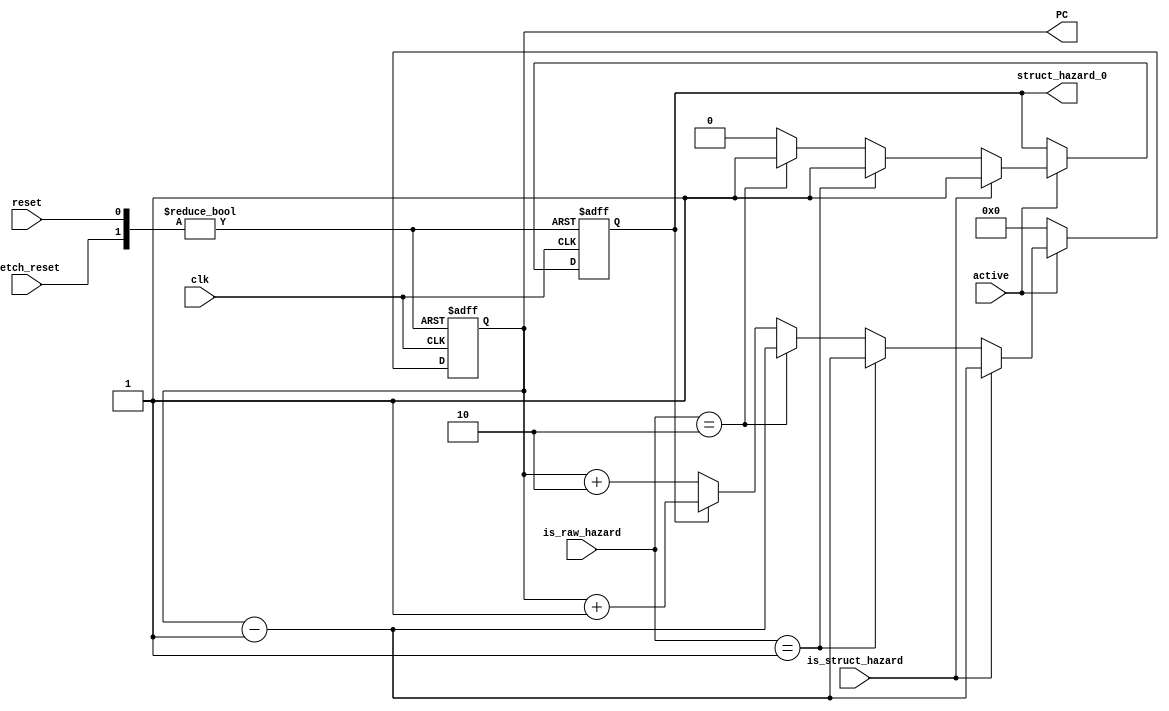
`timescale 1ns/10ps

module fetch(/*OUTPUT*/   PC,   // goes to ILB instruction number
		   	  
	     /*INPUTS*/   clk, reset,fetch_reset,
			  is_struct_hazard, //Signal used to indicate structural hazard. comes from main module
			  is_raw_hazard,active,struct_hazard_0);    //Signal used to indicate RAW data hazard. comes from main module

input clk, reset, fetch_reset, is_struct_hazard;
input [0:1] is_raw_hazard; //Includes both forwarding and nonforwarding cases
output struct_hazard_0;
output [0:4] PC;
reg struct_hazard_0;
input active;
reg struct_hazard_1;
reg [0:4] temp,temp_1;
// // reg is_struct_hazard_d;
assign PC = temp;

always @ (posedge clk or posedge reset or posedge fetch_reset ) 
begin
  if (reset) 
  begin
  temp <= 6'd0;
  struct_hazard_0 <= 0;
  struct_hazard_1<=0;
  end

  else if (fetch_reset) 
  begin
  temp <= 6'd0;
  struct_hazard_0 <= 0;
  struct_hazard_1<=0;
  end
  
  
  else 
  begin
//   is_struct_hazard_d <= is_struct_hazard;
  if (active)
  begin 
  
        if (is_struct_hazard) 
        begin 
	temp <= temp-1;
	struct_hazard_0 <= is_struct_hazard;
        end
 
        else if (is_raw_hazard == 2'b01) 
        begin
	temp <= temp-1;
        struct_hazard_0 <= 1'b1;
        end

        else if (is_raw_hazard == 2'b10) 
        begin
	temp <= temp -1;
        struct_hazard_0 <= 1'b1;
        end

        else 
        begin
            if(struct_hazard_0) 
            begin
            temp <= temp+1;
            struct_hazard_1 <= 1'b1;
            struct_hazard_0 <= 1'b0;
            end

            else 
            begin
                if(struct_hazard_1) 
                begin
                temp <= temp+2;
                struct_hazard_1 <= 1'b0;
                end

                else 
                begin
                temp <= temp+2;
                end
            end
        end
  end
  else begin
  temp <= 6'd0;
  end
  
  end 
end 

endmodule